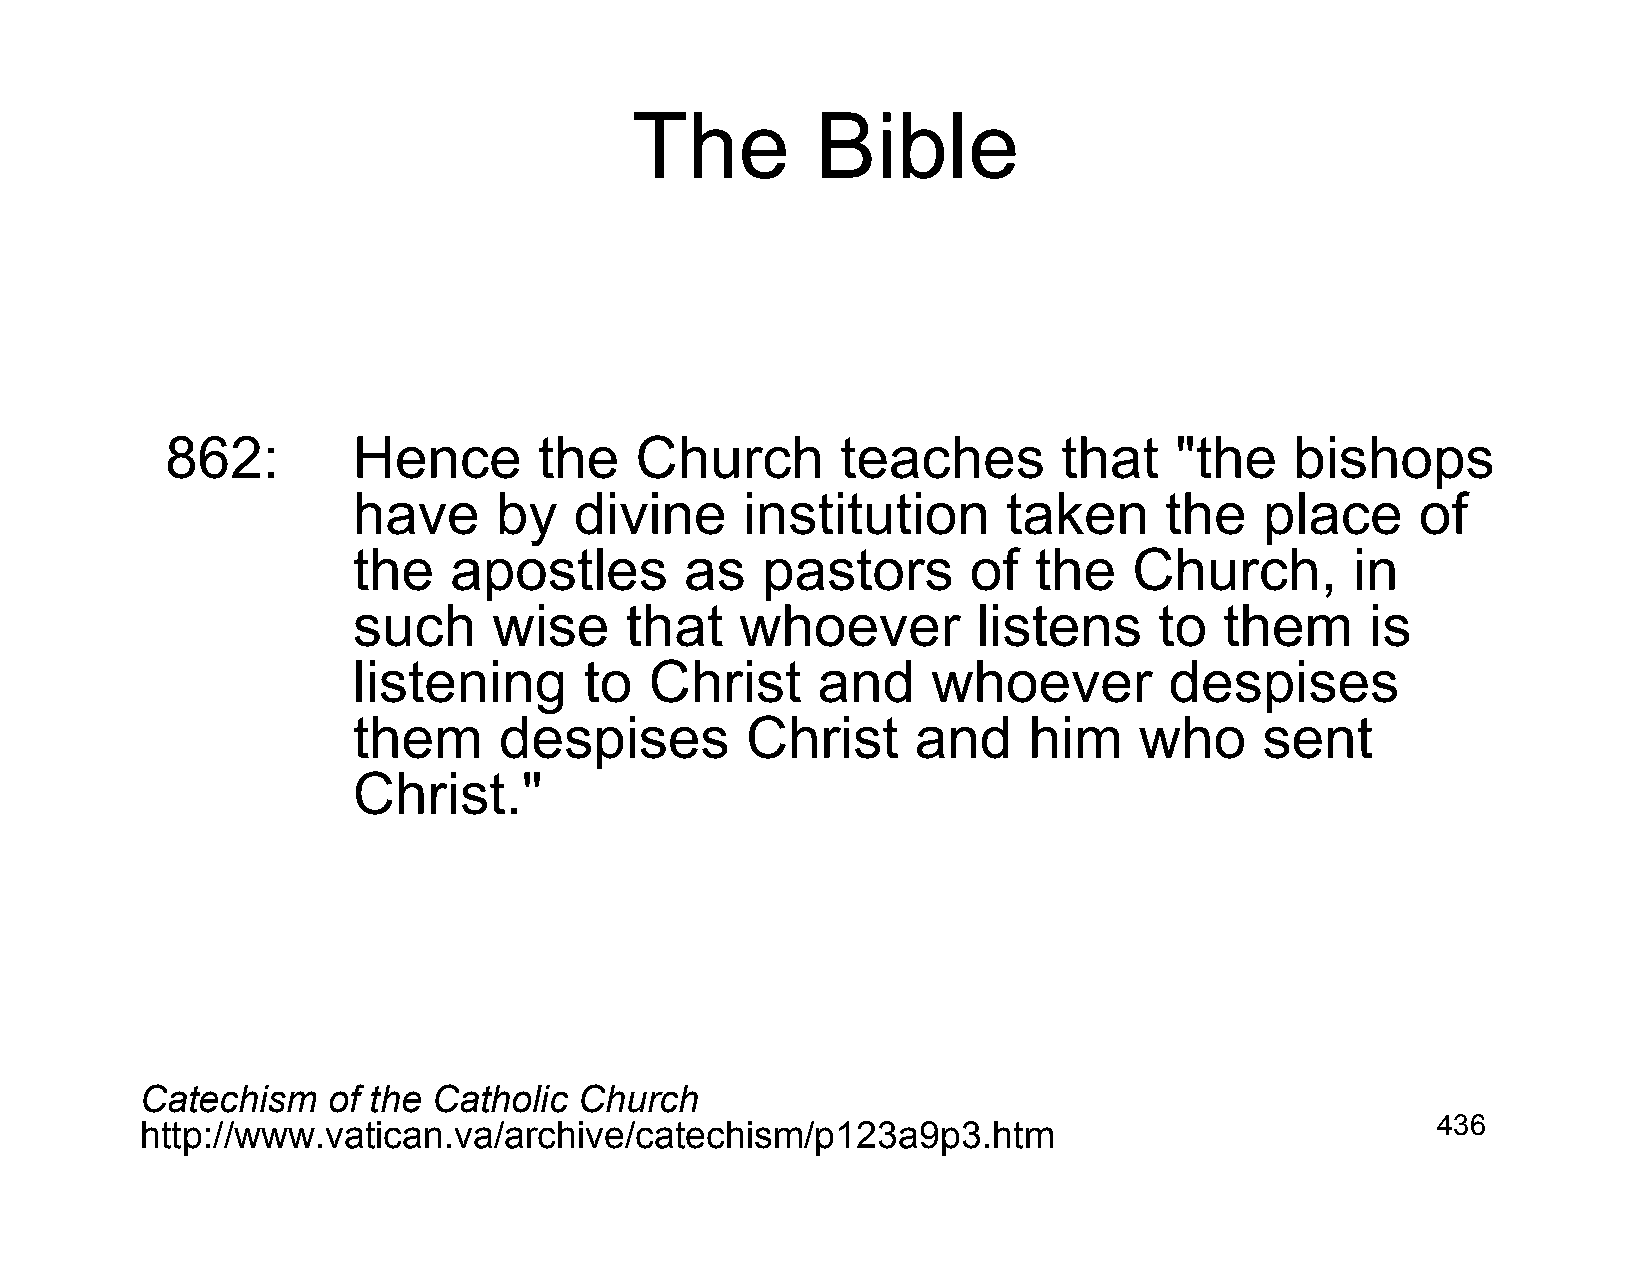
The         Bible
 862:        Hence        the   Church        teaches       that    "the    bishops
 have      by   divine     institution       taken     the    place     of
 the    apostles       as   pastors       of  the    Church,        in
 such      wise    that    whoever         listens     to  them      is
 listening       to  Christ     and     whoever        despises
 them      despises        Christ      and    him    who      sent
 Christ."
 Catechism    of the Catholic Church
 http://www.vatican.va/archive/catechism/p123a9p3.htm                                  436